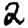
Digit: 2